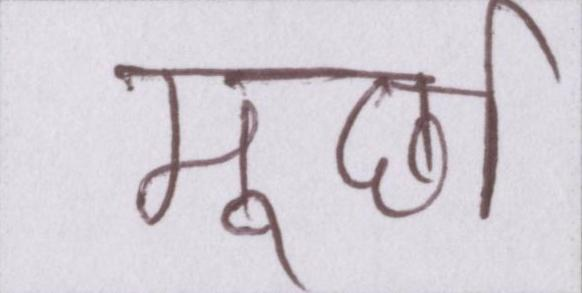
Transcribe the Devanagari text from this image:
मूर्छा